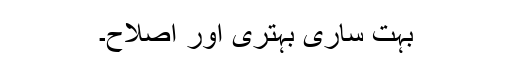
بہت ساری بہتری اور اصلاح۔